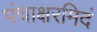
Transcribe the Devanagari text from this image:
पंचाक्षरमिदं